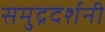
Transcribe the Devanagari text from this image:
समुद्रदर्शनी